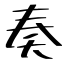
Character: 奏